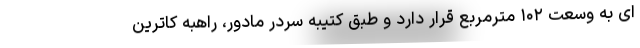
‌ای به وسعت ۱۰۲ مترمربع قرار دارد و طبق کتیبه سردر مادور، راهبه کاترین